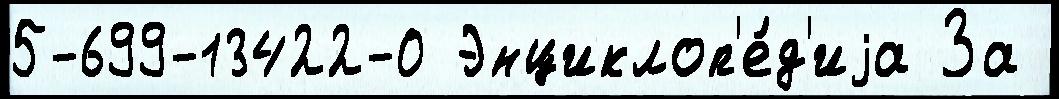
5-699-13422-0 Энциклоп'е́д'иjа За